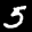
Label: 5